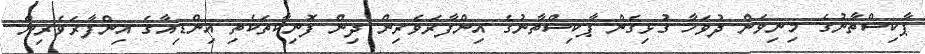
ޕާކިސްތާނުގެ މިނިވަން ދުވަހާ ގުޅިގެން ޕާކިސްތާނުގެ އިންފާރަވެރިން ދިން ފޮނިކާތަކެތި އިންޑިއާގެ އިންފާރަވެރިން